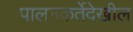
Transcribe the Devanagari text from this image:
पालनकर्तेदेखील